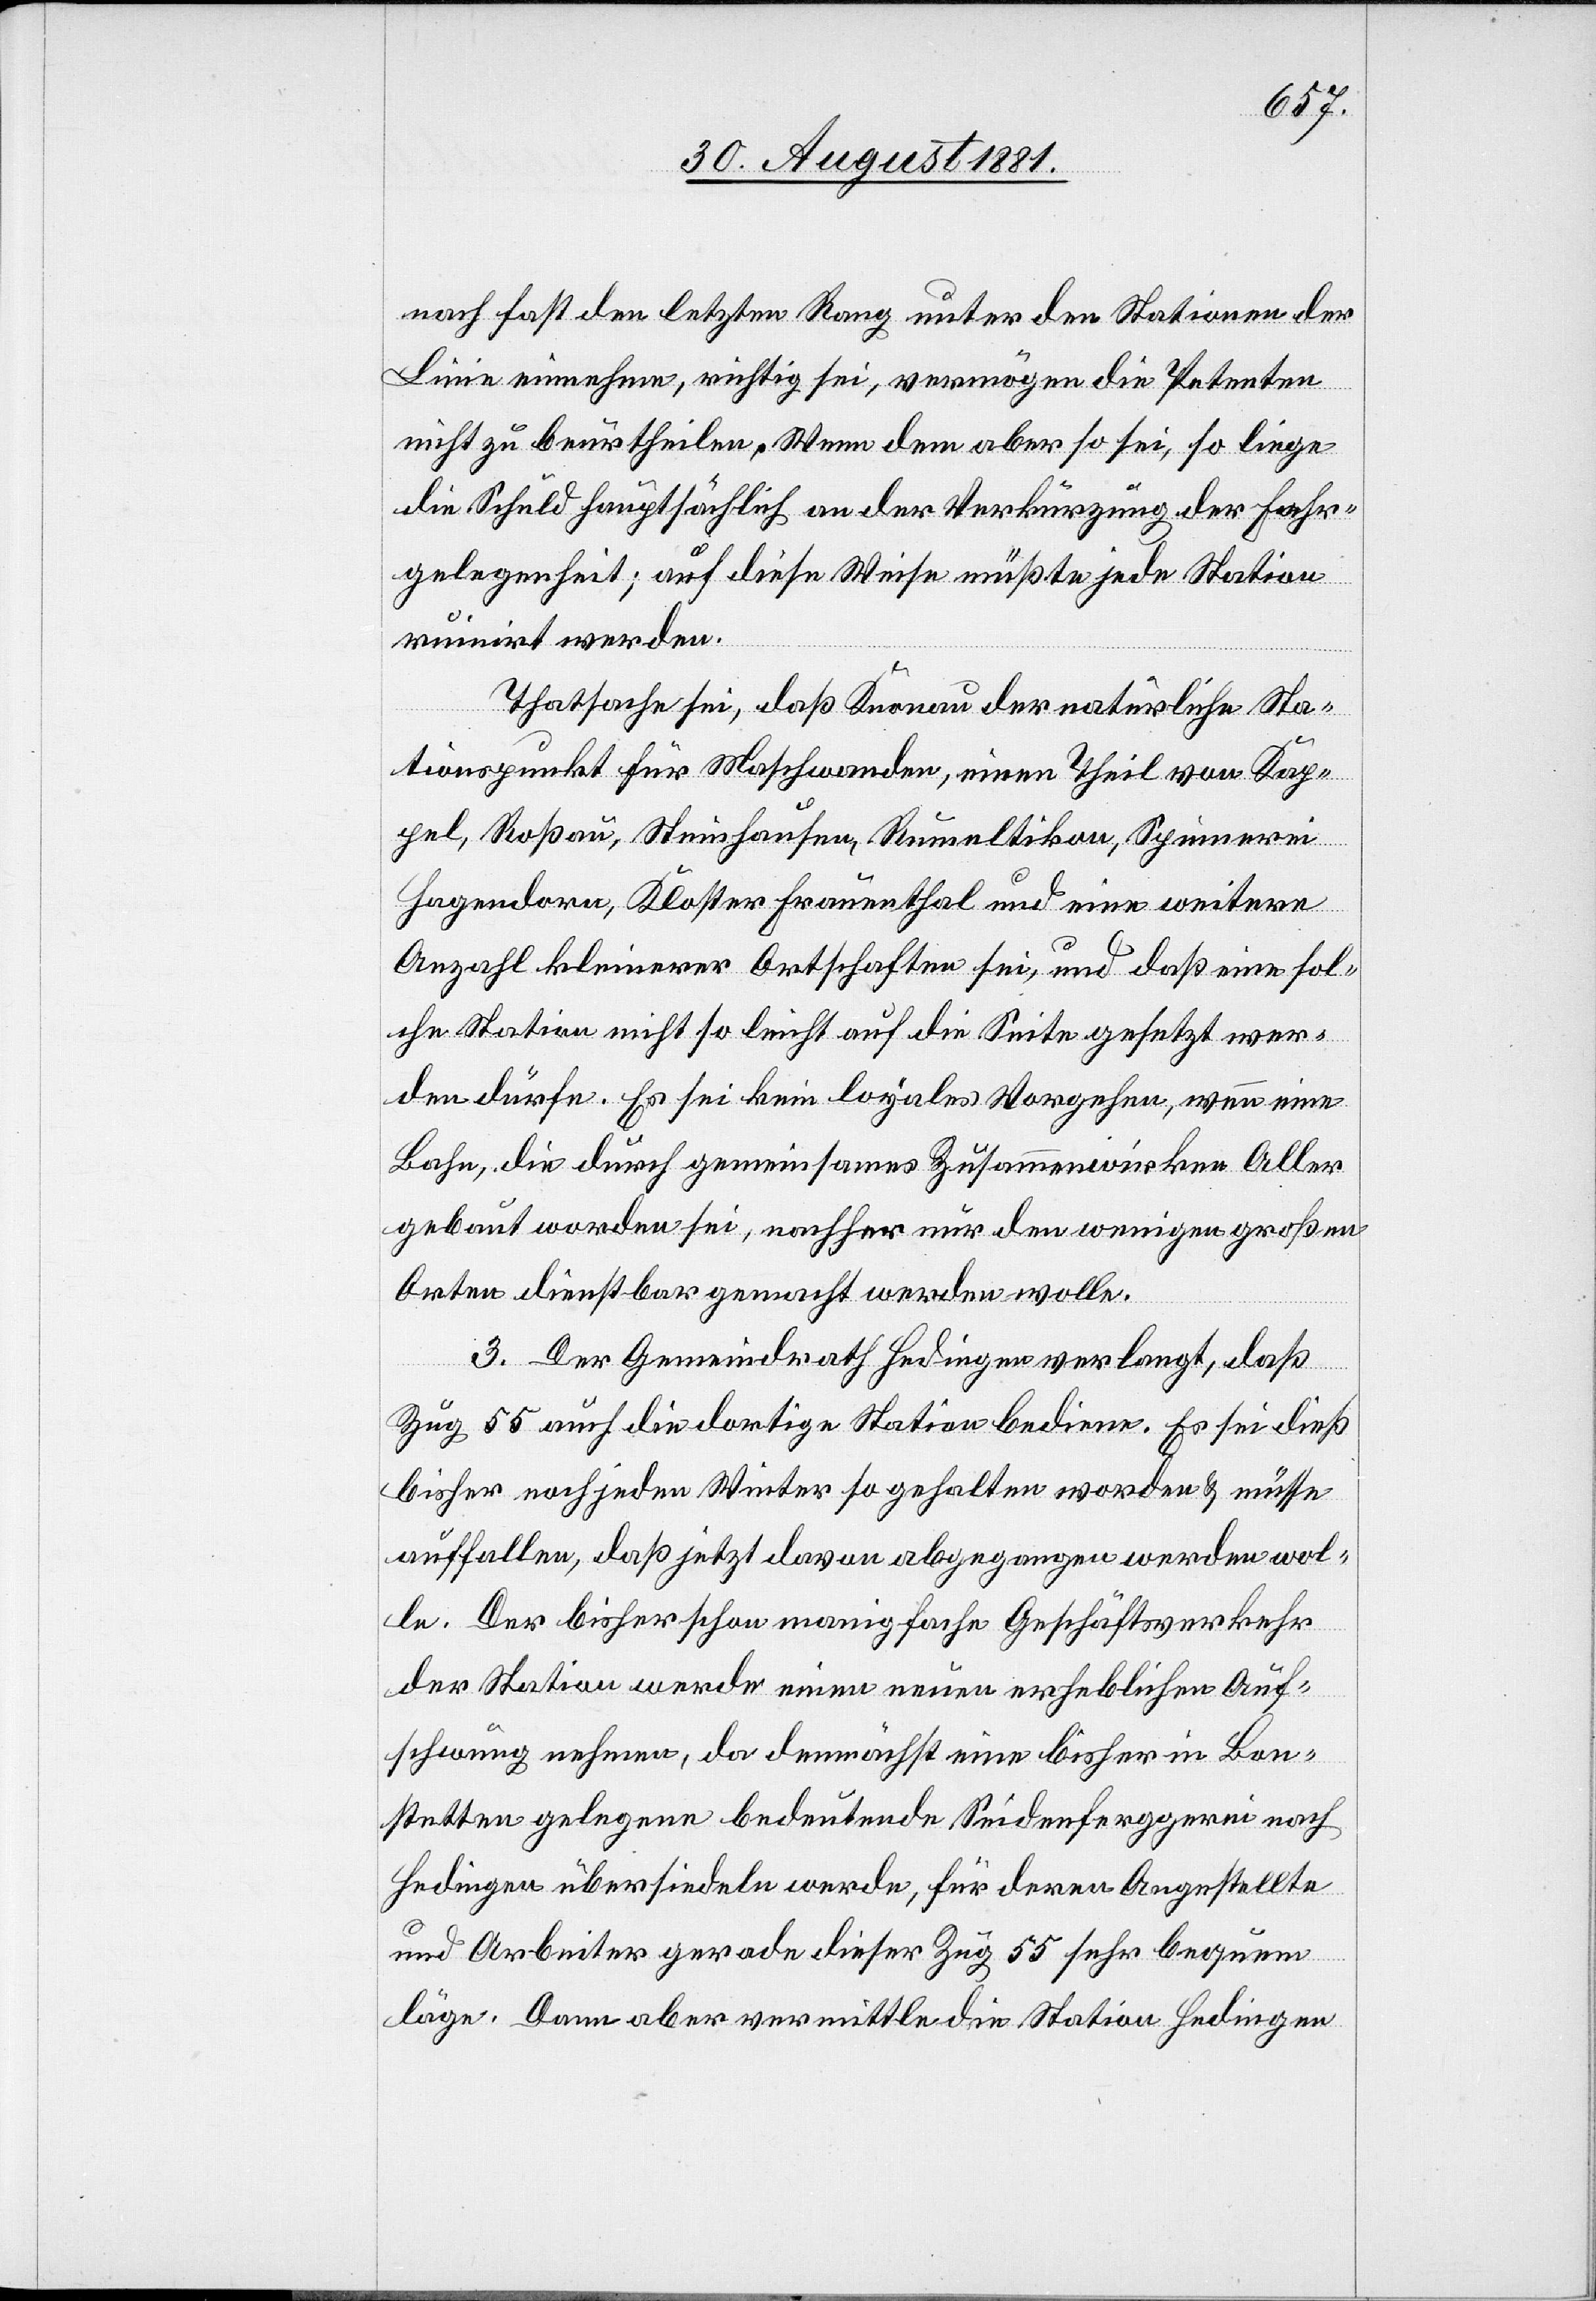
nach fast den letzten Rang unter den Stationen der
Linie einnehme, richtig sei, vermögen die Petenten
nicht zu beurtheilten. Wenn dem aber so sei, so liege
die Schuld hauptsächlich an der Verkürzung der Fahr¬
gelegenheit; auf diese Weise müßte jede Station
ruinirt werden.
Thatsache sei, daß Knonau der natürliche Sta¬
tionspunkt für Maschwanden, einen Theil von Kap¬
pel, Roßau, Steinhausen, Rumeltikon, Spinnerei
Hagendorn, Kloster Frauenthal und eine weitere
Anzahl kleinerer Ortschaften sei, und daß eine sol¬
che Station nicht so leicht auf die Seite gesetzt wer¬
den dürfe. Es sei kein loyales Vorgehen, wenn eine
Bahn, die durch gemeinsames Zusammenwirken Aller
gebaut worden sei, nachher nur den wenigen großen
Orten dienstbar gemacht werden wolle.
3. Der Gemeindrath Hedingen verlangt, daß
Zug 55 auch die dortige Station bediene. Es sei dieß
bisher noch jeden Winter so gehalten worden & müsse
auffallen, daß jetzt davon abgegangen werden wol¬
le. Der bisher schon manigfache [sic!] Geschäftsverkehr
der Station werde einen neuen erheblichen Auf¬
schwung nehmen, da demnächst eine bisher in Bon¬
stetten gelegene bedeutende Seidenferggerei nach
Hedingen übersiedeln werde, für deren Angestellte
und Arbeiter gerade dieser Zug 55 sehr bequem
läge. Dann aber vermittle die Station Hedingen